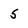
Character: 5